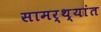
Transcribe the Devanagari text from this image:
सामर्थ्यांत